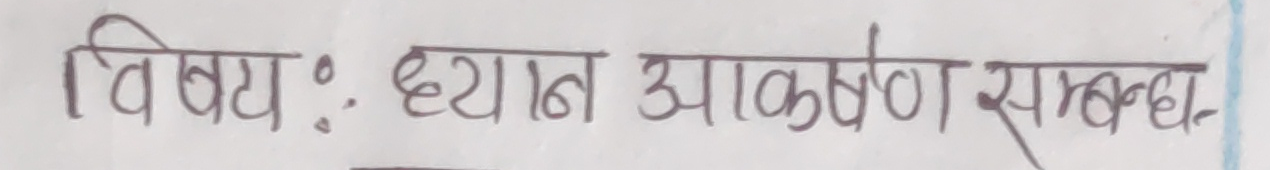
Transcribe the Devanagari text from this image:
विषय : ध्यान आकर्षण सम्बन्ध ।